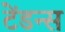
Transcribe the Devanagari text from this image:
टेंडन्स